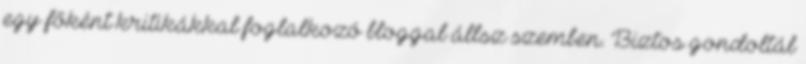
egy főként kritikákkal foglalkozó bloggal állsz szemben. Biztos gondoltál